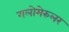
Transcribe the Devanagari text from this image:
गलोमेरुलर